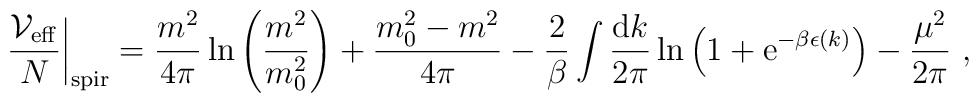
\left. \frac{{\cal V}_{\rm eff}}{N} \right|_{\rm spir}  = \frac{m^2}{4\pi}\ln  \left(  \frac{m^2}{m_0^2}\right)+ \frac{m_0^2-m^2}{4\pi}- \frac{2}{\beta} \int \frac{{\rm d}k}{2\pi}\ln  \left( 1 + {\rm e}^{-\beta \epsilon(k)} \right) -\frac{\mu^2}{2\pi} \ ,